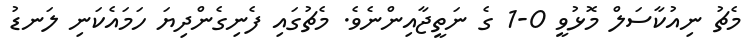
މެޗު ނިއުކާސަލް މޮޅުވީ 0-1 ގެ ނަތީޖާއިންނެވެ. މެޗުގައި ފެނިގެންދިޔަ ހަމައެކަނި ލަނޑު